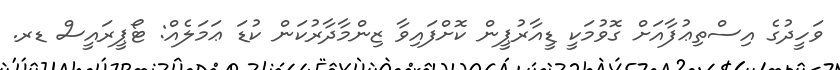
ވަހީދުގެ އިސްތިޢުފާއަށް ގޮވުމަކީ ޑީއާރުޕީން ކޮށްފައިވާ ޒިންމާދާރުކަން ކުޑަ ޢަމަލެއް: ޓޯޕީރައީސް ޑރ.